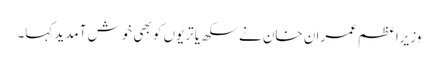
وزیراعظم عمران خان نے سکھ یاتریوں کو بھی خوش آمدید کہا۔